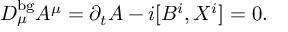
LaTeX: D _ { \mu } ^ { \mathrm { b g } } A ^ { \mu } = \partial _ { t } A - i [ B ^ { i } , X ^ { i } ] = 0 .